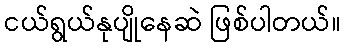
ငယ်ရွယ်နုပျိုနေဆဲ ဖြစ်ပါတယ်။